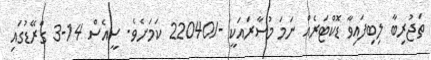
ތަޖުރިބާ ލިބިފައިވާ ޑޮކްޓަރެއް ނަމަ މުސާރައަކީ -/22040 ކަމަށެވެ. ސީއެސް 14-3 ގްރޭޑުގައި